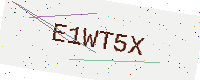
Text: E1WT5X